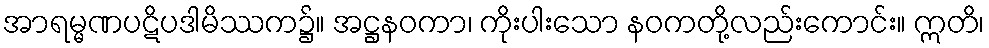
အာရမ္မဏပဋိပဒါမိဿက၌။ အဋ္ဌနဝကာ၊ ကိုးပါးသော နဝကတို့လည်းကောင်း။ ဣတိ၊